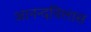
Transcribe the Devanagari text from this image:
आनन्दविलास